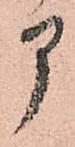
部